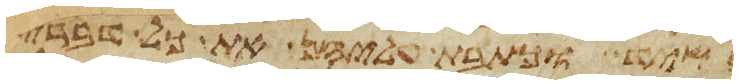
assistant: בשיד וכתבת עליהן את כל דברי